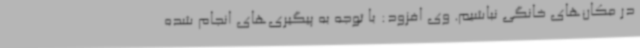
در مکان‌های خانگی نباشیم. وی افزود: با توجه به پیگیری‌های انجام شده